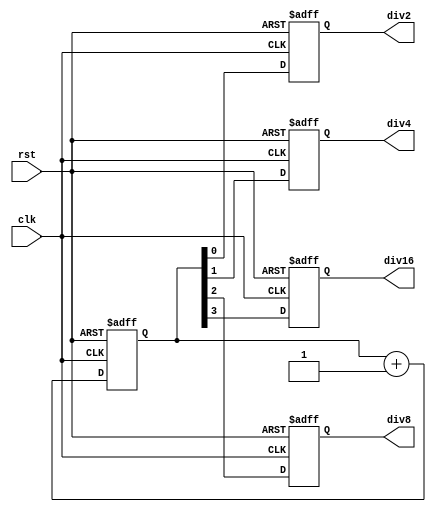
`timescale 1ns / 1ps
//////////////////////////////////////////////////////////////////////////////////
// Company: 
// Engineer: 
// 
// Design Name: 
// Module Name: CLOCK_DIVIDER
// Project Name: 
// Target Devices: 
// Tool Versions: 
// Description: 
// 
// Dependencies: 
// 
// Revision:
// Revision 0.01 - File Created
// Additional Comments:
// 
//////////////////////////////////////////////////////////////////////////////////


module CLOCK_DIVIDER(clk, rst,div2,div4,div8,div16);
input clk,rst;

reg [3:0] count;

output reg div2,div4,div8,div16;
always @(posedge clk or negedge rst) begin
    if (~rst) begin
        count <= 4'b0000;
        div2 <= 1'b0;
        div4 <= 1'b0;
        div8 <= 1'b0;
        div16 <= 1'b0;
    end
    else begin
        count <= count + 1;
        div2 <= count[0];
        div4 <= count[1];
        div8 <= count[2];
        div16 <= count[3];
    end
end

endmodule